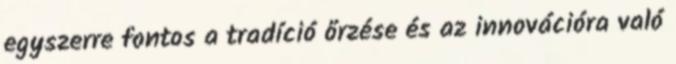
egyszerre fontos a tradíció őrzése és az innovációra való